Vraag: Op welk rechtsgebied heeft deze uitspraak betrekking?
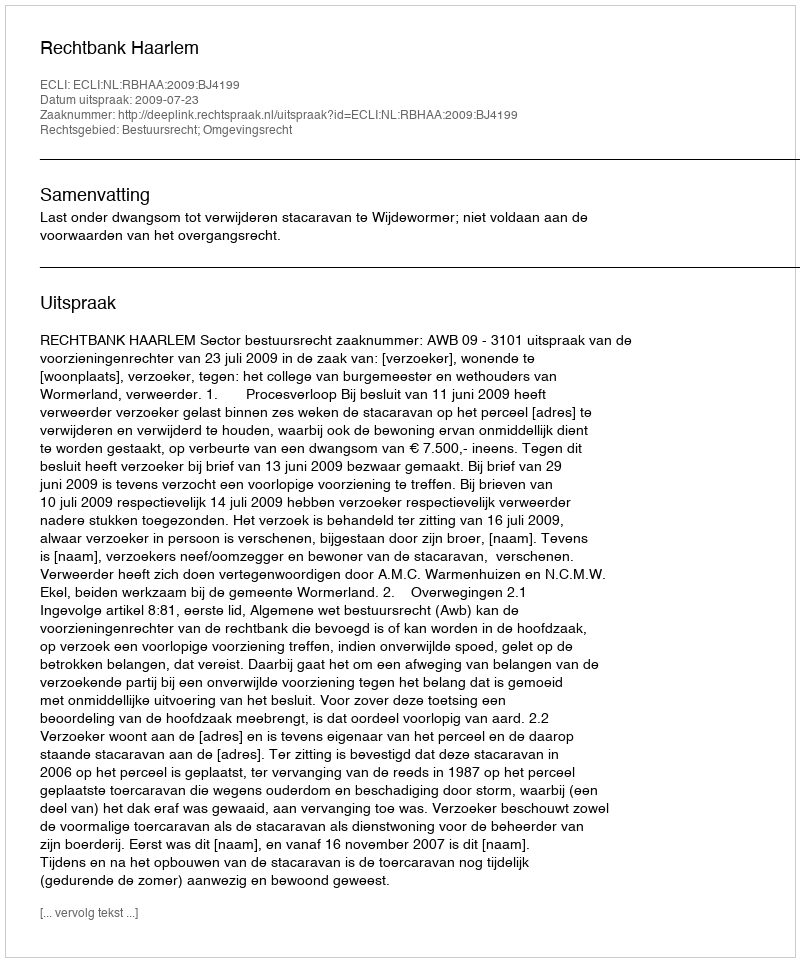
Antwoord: Bestuursrecht; Omgevingsrecht